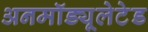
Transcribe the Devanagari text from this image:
अनमॉड्यूलेटेड